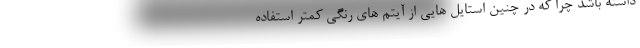
داشته باشد چرا که در چنین استایل هایی از آیتم های رنگی کمتر استفاده